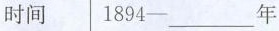
时间1894-___年